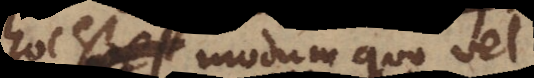
est modum quo vel